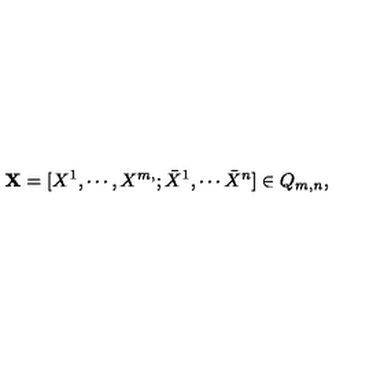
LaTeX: { \bf X } = [ X ^ { 1 } , \cdots , X ^ { m , } ; \bar { X } ^ { 1 } , \cdots \bar { X } ^ { n } ] \in Q _ { m , n } ,